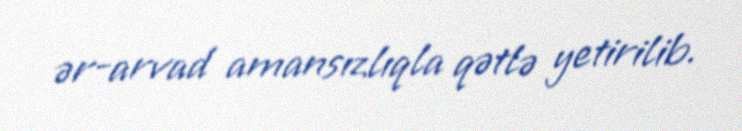
ər-arvad amansızlıqla qətlə yetirilib.